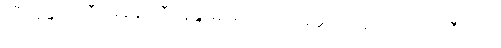
သီရိနန္ဒာဒေဝီပမုခါနိ၊ သီရိနန္ဒာမိဖုရားလျှင် အမှူးရှိကုန်သော။ တေဝီသတိ